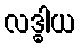
လဒ္ဓါယ